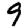
Digit: 9